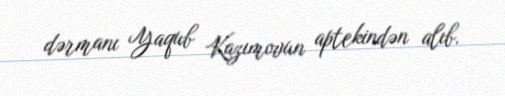
dərmanı Yaqub Kazımovun aptekindən alıb.